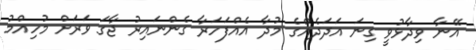
އޭނާ ވިދާޅުވީ ގިނަ އަދަދެއްގެ މުދާ އެއްފަހަރާ ގެންނައިރު ޖާގަ ވަރަށް މުހިއްމު